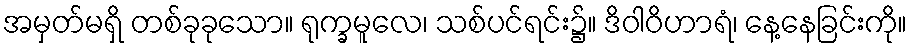
အမှတ်မရှိ တစ်ခုခုသော။ ရုက္ခမူလေ၊ သစ်ပင်ရင်း၌။ ဒိဝါဝိဟာရံ၊ နေ့နေခြင်းကို။